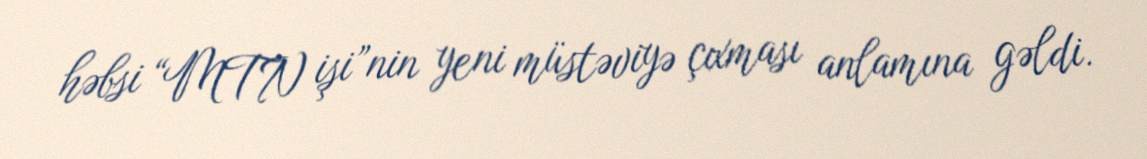
həbsi “MTN işi”nin yeni müstəviyə çıxması anlamına gəldi.